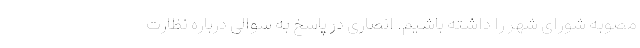
مصوبه شورای شهر را داشته باشیم. انصاری در پاسخ به سوالی درباره نظارت